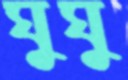
ঘুঘু